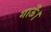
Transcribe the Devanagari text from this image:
गाऊँ।